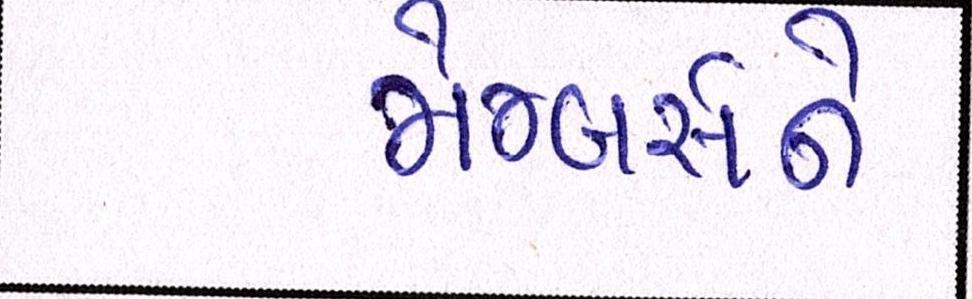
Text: મેમ્બર્સને